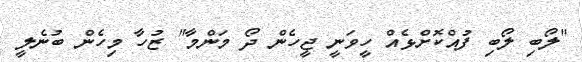
"ލޯބި ލޯބި ފުއްކޮށްޅެއް ހީވަނީ ޖީހެން ދޯ މަންމާ" ޒުހާ މިހެން ބުނެލީ